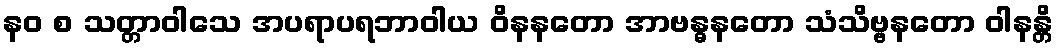
နဝ စ သတ္တာဝါသေ အပရာပရဘာဝါယ ဝိနနတော အာဗန္ဓနတော သံသိဗ္ဗနတော ဝါနန္တိ